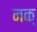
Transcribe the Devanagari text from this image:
नक्